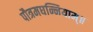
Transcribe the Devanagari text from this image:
पौत्रमघन्नियाम्॥